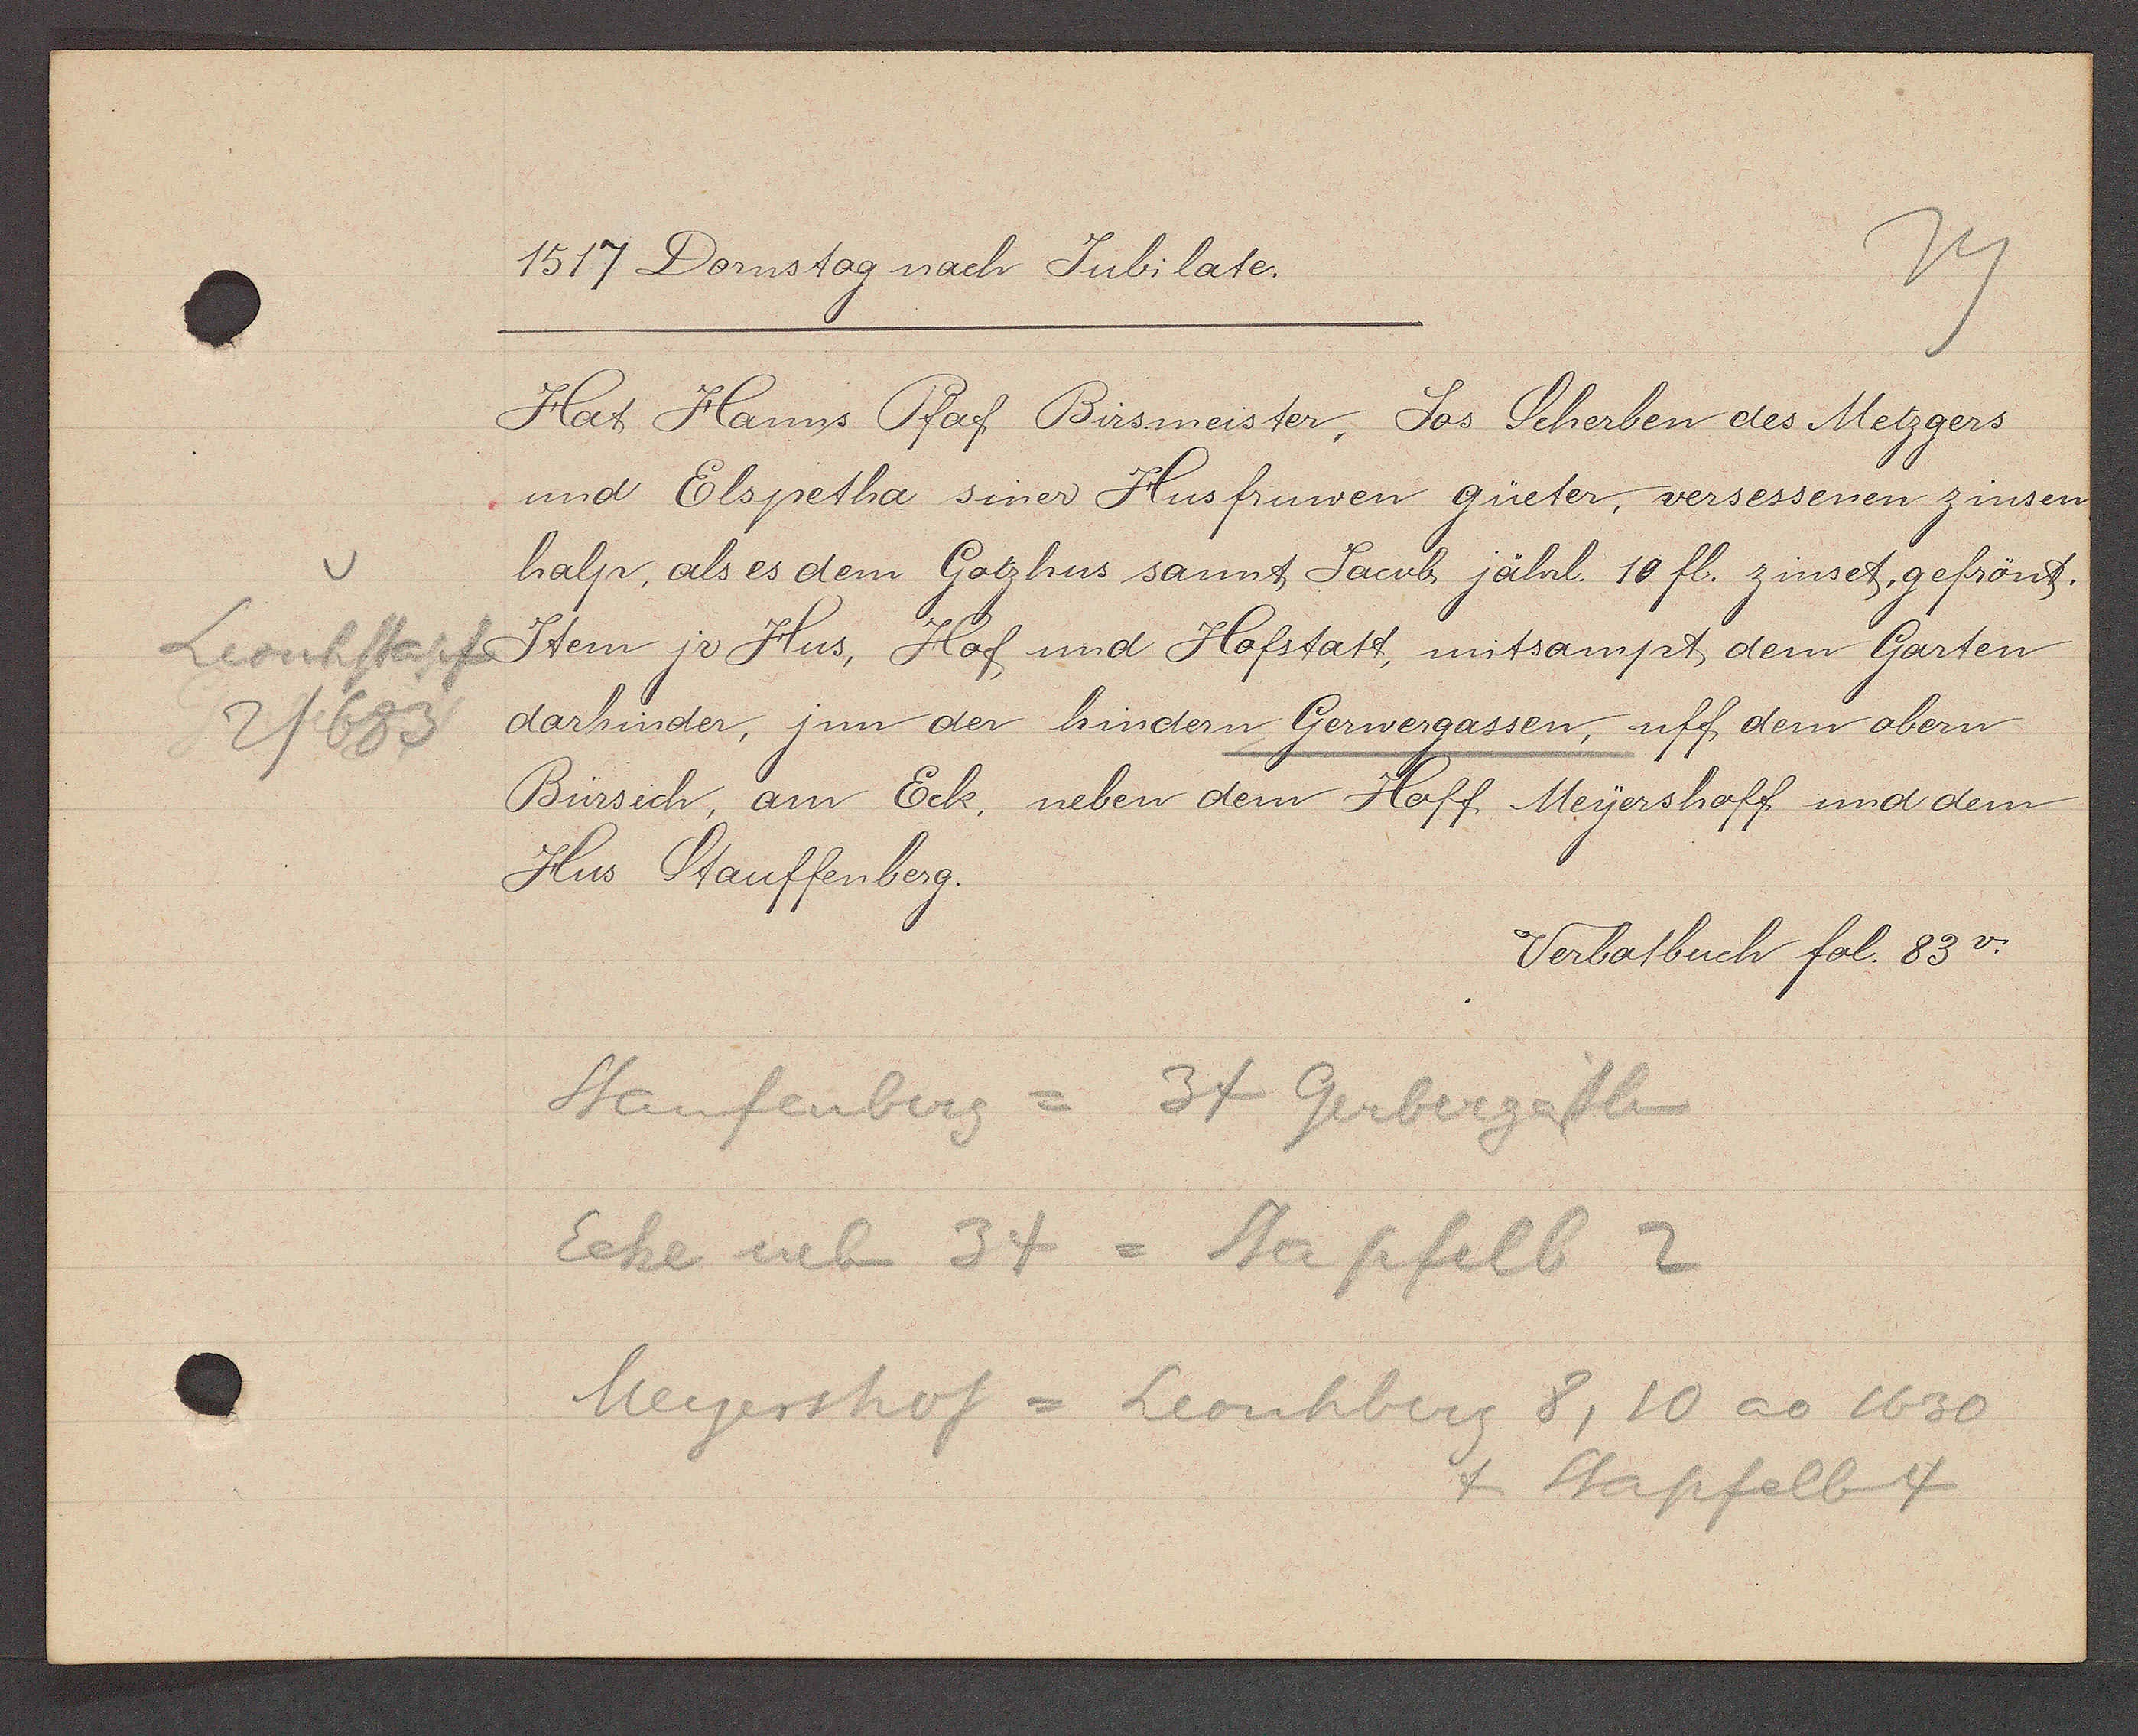
Transcript:
Leonhstapf
2/683

1517 Dornstag nach Jubilate.

Hat Hanns Pfaf Birsmeister, Jos Scherben des Metzgers
und Elspetha siner Husfruwen güeter, versessenen zinsen
halp, als es dem Gotzhus sannt Jacob jährl. 10 fl. zinset, gefrönt.
Item ir Hus, Hof und Hofstatt, mitsampt dem Garten
darhinder, jnn der hindern Gerwergassen, uff dem obern
Birsich, am Eck, neben dem Hoff Meyershoff und dem
Hus Stauffenberg.

Verbotbuch fol. 83v.

Staufenberg = 34 Gerbergässlein
Eche neben 34 = Stapfelb 2
Meyerthof = Leonhberg 8,10 ao 1630
& Stapfelb 4